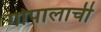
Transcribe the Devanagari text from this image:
गोपालाची